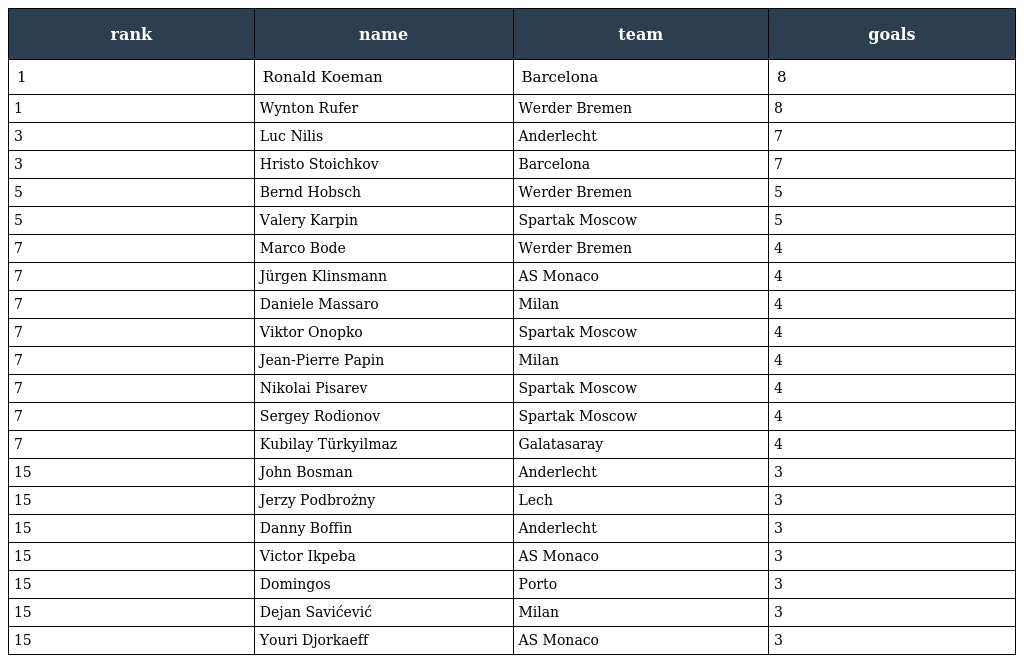
| rank | name | team | goals |
 | --- | --- | --- | --- |
 | 1 | Ronald Koeman | Barcelona | 8 |
 | 1 | Wynton Rufer | Werder Bremen | 8 |
 | 3 | Luc Nilis | Anderlecht | 7 |
 | 3 | Hristo Stoichkov | Barcelona | 7 |
 | 5 | Bernd Hobsch | Werder Bremen | 5 |
 | 5 | Valery Karpin | Spartak Moscow | 5 |
 | 7 | Marco Bode | Werder Bremen | 4 |
 | 7 | Jürgen Klinsmann | AS Monaco | 4 |
 | 7 | Daniele Massaro | Milan | 4 |
 | 7 | Viktor Onopko | Spartak Moscow | 4 |
 | 7 | Jean-Pierre Papin | Milan | 4 |
 | 7 | Nikolai Pisarev | Spartak Moscow | 4 |
 | 7 | Sergey Rodionov | Spartak Moscow | 4 |
 | 7 | Kubilay Türkyilmaz | Galatasaray | 4 |
 | 15 | John Bosman | Anderlecht | 3 |
 | 15 | Jerzy Podbrożny | Lech | 3 |
 | 15 | Danny Boffin | Anderlecht | 3 |
 | 15 | Victor Ikpeba | AS Monaco | 3 |
 | 15 | Domingos | Porto | 3 |
 | 15 | Dejan Savićević | Milan | 3 |
 | 15 | Youri Djorkaeff | AS Monaco | 3 |